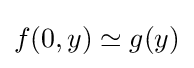
f(0,y)\simeq g(y)